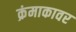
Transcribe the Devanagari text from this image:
क्रंमाकावर